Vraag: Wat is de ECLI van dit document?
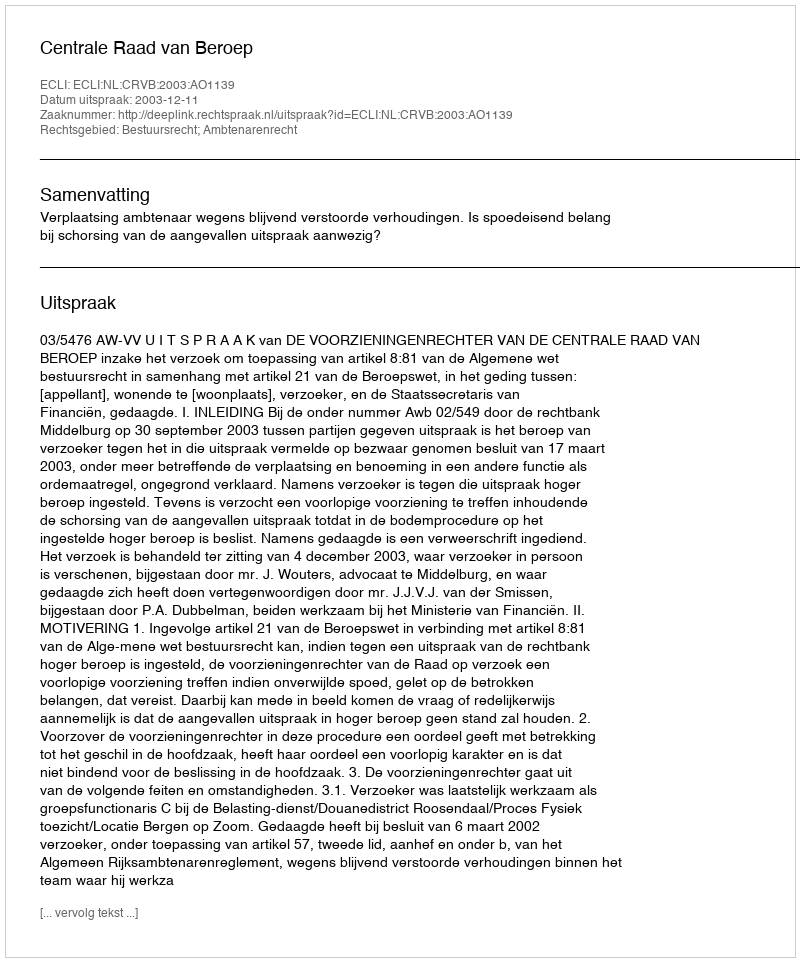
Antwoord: ECLI:NL:CRVB:2003:AO1139